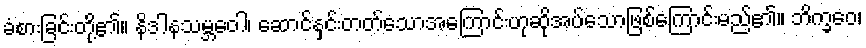
ခံစားခြင်းတို့၏။ နိဒါနသမ္ဘဝေါ၊ ဆောင်နှင်းတတ်သောအကြောင်းဟုဆိုအပ်သောဖြစ်ကြောင်းမည်၏။ ဘိက္ခဝေ၊